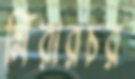
মিরারচর